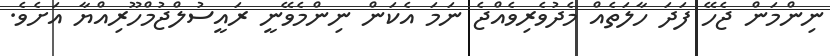
ނިންމަން ޖެހޭ ފަދަ ހާލަތެއް މެދުވެރިވެއްޖެ ނަމަ އެކަން ނިންމެވޭނީ ރައީސުލްޖުމްހޫރިއްޔާ އަށެވެ.